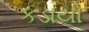
કડાયો